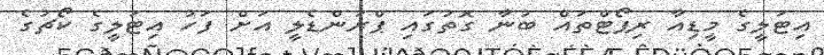
އިޓަލީގެ މީޑިއާ ރިޕޯޓްތައް ބުނާ ގޮތުގައި ޕްރަންޑެލީ އަށް ފަހު އިޓަލީގެ ކޯޗުގެ